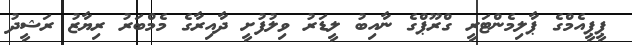
ޕީޕީއެމްގެ ޕާލިމެންޓަރީ ގްރޫޕްގެ ނާއިބު ލީޑަރު ވިލުފުށީ ދާއިރާގެ މެމްބަރު ރިޔާޒު ރަޝީދު